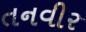
તનવીર